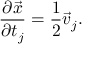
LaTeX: { \frac { \partial \vec { x } } { \partial t _ { j } } } = { \frac { 1 } { 2 } } \vec { v } _ { j } .